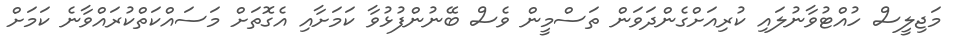
މަޖިލީސް ހުއްޓުވާނުލައި ކުރިއަށްގެންދަވަން ތަސްމީން ވެސް ބޭނުންފުޅުވާ ކަމަށާއި އެގޮތަށް މަސައްކަތްކުރައްވާނެ ކަމަށް